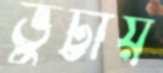
ভুট্টায়